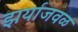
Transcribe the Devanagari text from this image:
झर्याजवळ